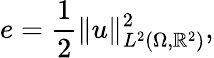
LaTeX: e=\frac{1}{2}\Vert u\Vert_{L^{2}(\Omega,\mathbb{R}^{2})}^{2},